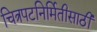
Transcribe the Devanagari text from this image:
चित्रपटनिर्मितीसाठी